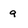
Character: 9